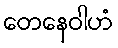
တေနေဝါဟံ